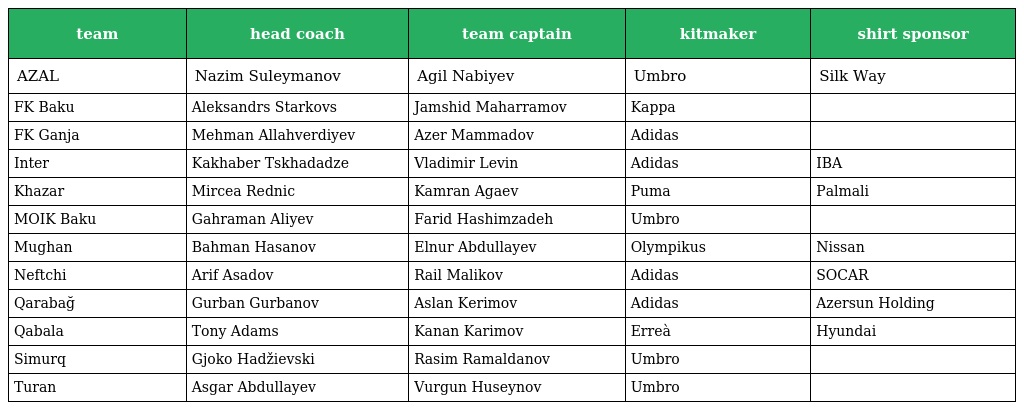
| team | head coach | team captain | kitmaker | shirt sponsor |
 | --- | --- | --- | --- | --- |
 | AZAL | Nazim Suleymanov | Agil Nabiyev | Umbro | Silk Way |
 | FK Baku | Aleksandrs Starkovs | Jamshid Maharramov | Kappa |  |
 | FK Ganja | Mehman Allahverdiyev | Azer Mammadov | Adidas |  |
 | Inter | Kakhaber Tskhadadze | Vladimir Levin | Adidas | IBA |
 | Khazar | Mircea Rednic | Kamran Agaev | Puma | Palmali |
 | MOIK Baku | Gahraman Aliyev | Farid Hashimzadeh | Umbro |  |
 | Mughan | Bahman Hasanov | Elnur Abdullayev | Olympikus | Nissan |
 | Neftchi | Arif Asadov | Rail Malikov | Adidas | SOCAR |
 | Qarabağ | Gurban Gurbanov | Aslan Kerimov | Adidas | Azersun Holding |
 | Qabala | Tony Adams | Kanan Karimov | Erreà | Hyundai |
 | Simurq | Gjoko Hadžievski | Rasim Ramaldanov | Umbro |  |
 | Turan | Asgar Abdullayev | Vurgun Huseynov | Umbro |  |